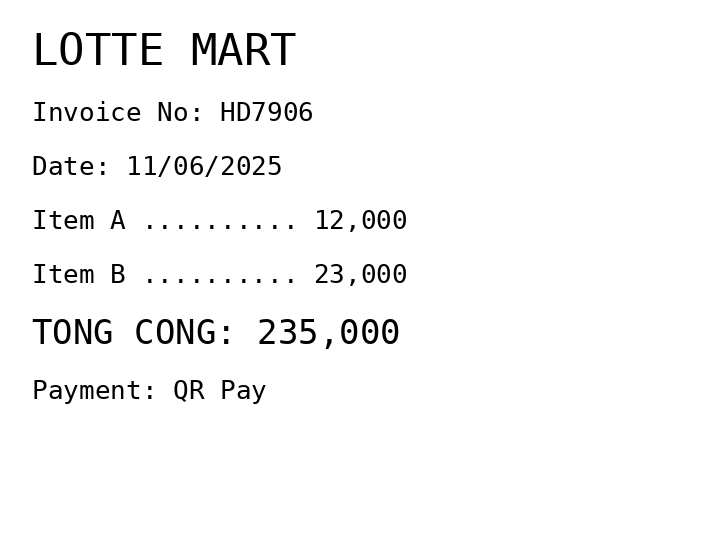
LOTTE MART
Invoice No: HD7906
Date: 11/06/2025
Item A .......... 12,000
Item B .......... 23,000
TONG CONG: 235,000
Payment: QR Pay
Merchant: lotte mart
Date: 2025-06-11
Total: 235000
Invoice No: HD7906
Payment method: QR